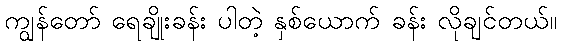
ကျွန်တော် ရေချိုးခန်း ပါတဲ့ နှစ်ယောက် ခန်း လိုချင်တယ်။